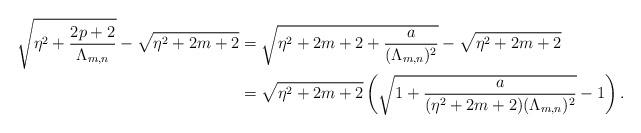
LaTeX: \begin{align*}\sqrt{\eta^2+\frac{2p+2}{\Lambda_{m,n}}}-\sqrt{\eta^2+2m+2}&=\sqrt{\eta^2+2m+2+\frac{a}{(\Lambda_{m,n})^2}}-\sqrt{\eta^2+2m+2}\\&=\sqrt{\eta^2+2m+2}\left(\sqrt{1+\frac{a}{(\eta^2+2m+2)(\Lambda_{m,n})^2}}-1\right).\end{align*}